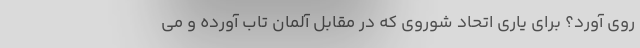
روی آورد؟ برای یاری اتحاد شوروی که در مقابل آلمان تاب آورده و می